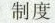
制度